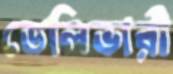
ডেলিভারী